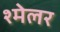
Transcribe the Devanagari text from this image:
श्मेलर